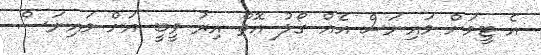
އެ ޓީމަށް މައިނަސް އެއް ގޯލު އޮތް އިރު ވީބީ އަށް މައިނަސް